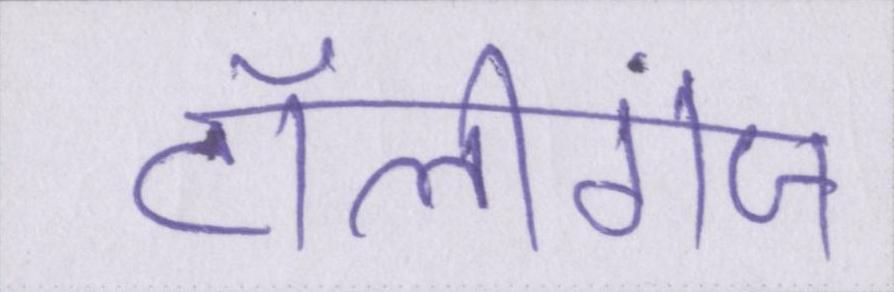
टॉलीगंज